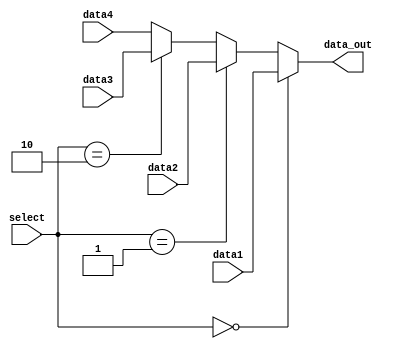
module m4to1_16(data1, data2, data3, data4, select, data_out);
	input [15:0] data1, data2, data3, data4;
	input [1:0] select;
	output reg [15:0] data_out;

	always @ (*) begin
		if (select == 0)
			data_out <= data1;
		else if (select == 1)
			data_out <= data2;
		else if (select == 2)
			data_out <= data3;
		else 
			data_out <= data4;
	end
endmodule